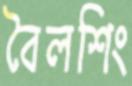
বৈলশিং